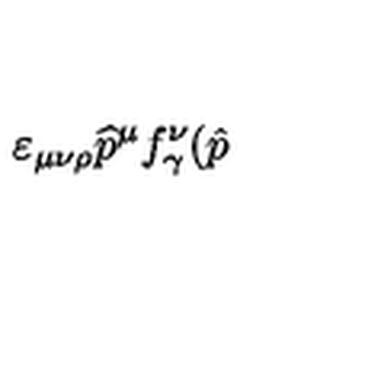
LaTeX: \varepsilon _ { \mu \nu \rho } \widehat { p } ^ { \mu } f _ { \gamma } ^ { \nu } ( \hat { p }